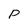
Character: P